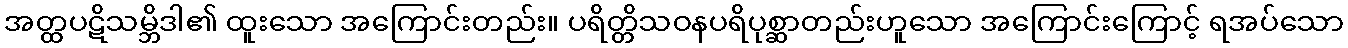
အတ္ထပဋိသမ္ဘိဒါ၏ ထူးသော အကြောင်းတည်း။ ပရိတ္တိသဝနပရိပုစ္ဆာတည်းဟူသော အကြောင်းကြောင့် ရအပ်သော